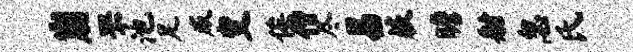
崩罘池足威变俟僧尽易蔌瞻射忽氏